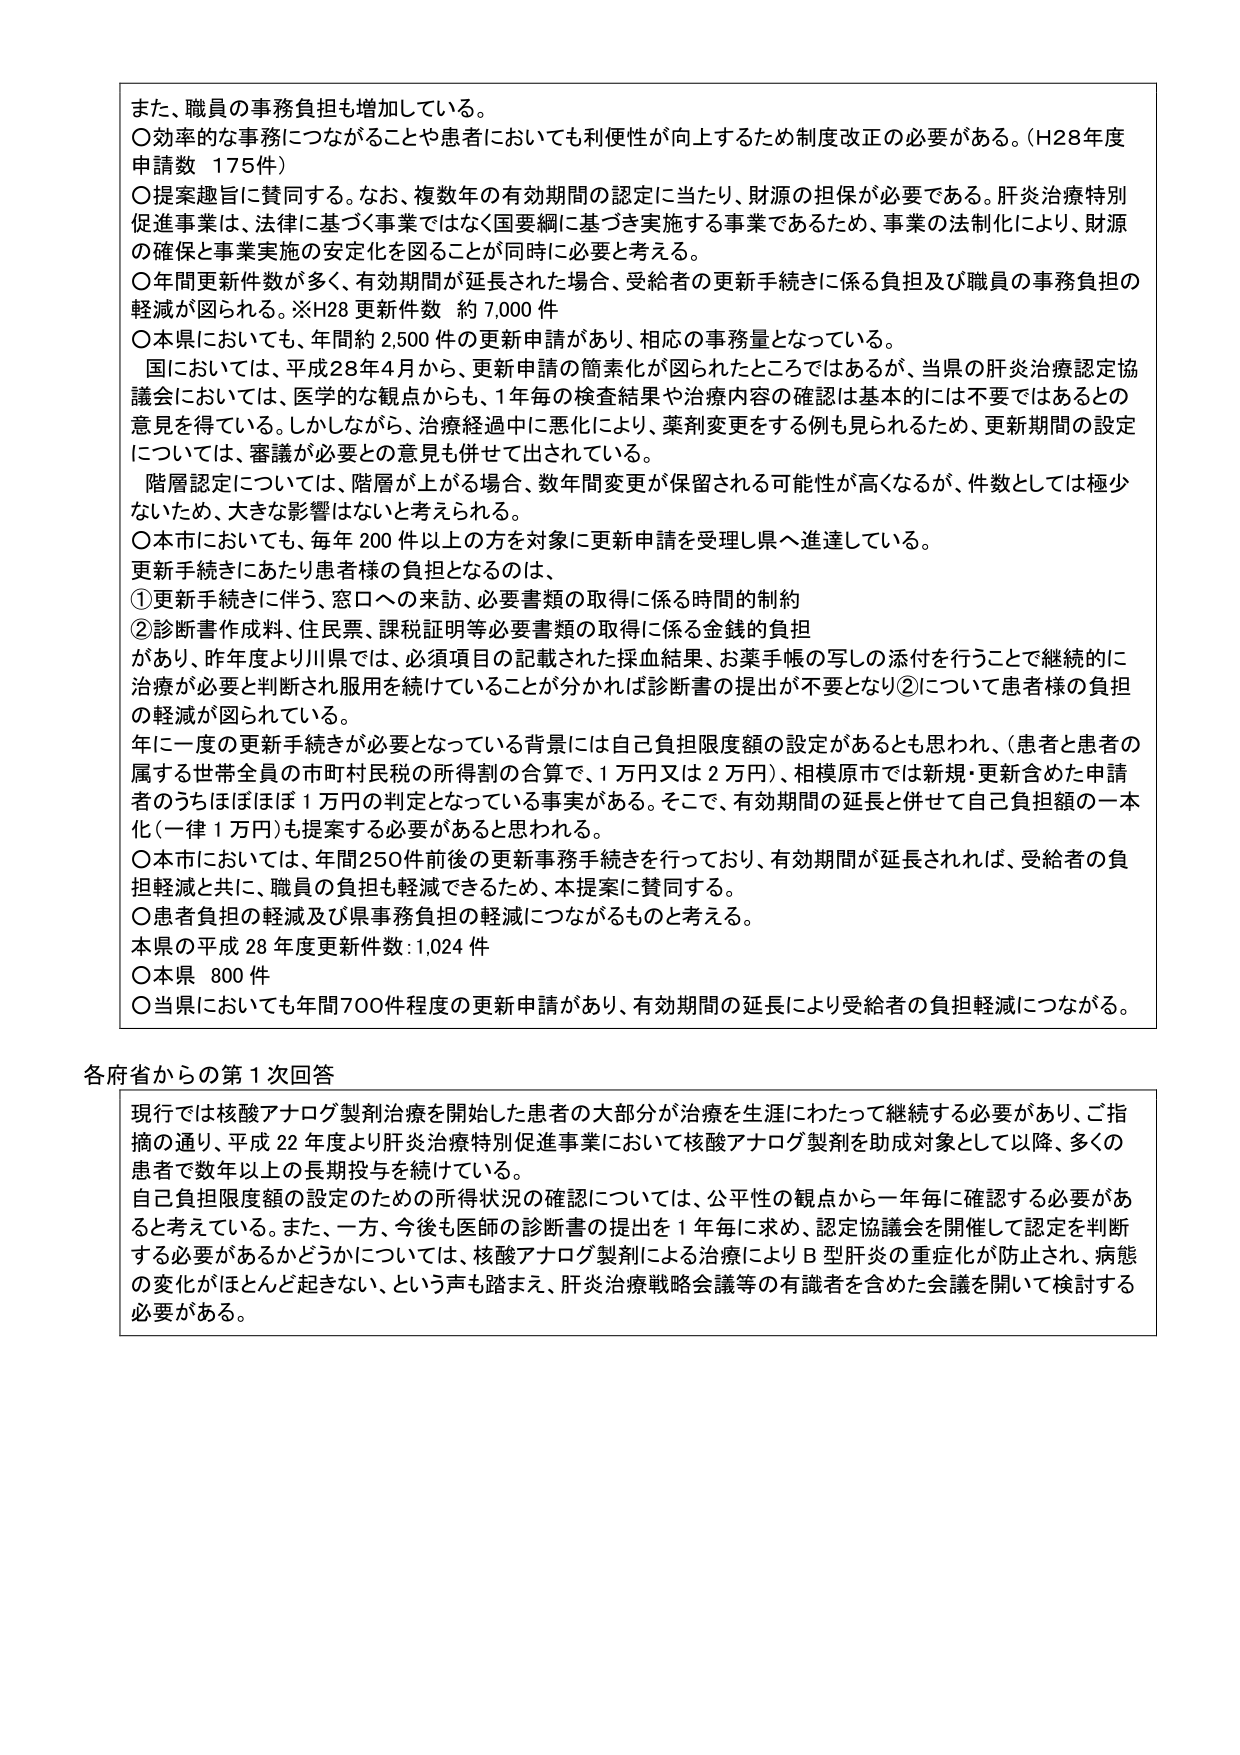
また、職員の事務負担も増加している。
〇効率的な事務につながることや患者においても利便性が向上するため制度改正の必要がある。（H28年度申請数 175件）
〇提案趣旨に賛同する。なお、複数年の有効期間の認定に当たり、財源の担保が必要である。肝炎治療特別促進事業は、法律に基づく事業ではなく国要綱に基づき実施する事業であるため、事業の法制化により、財源の確保と事業実施の安定化を図ることが同時に必要と考える。
〇年間更新件数が多く、有効期間が延長された場合、受給者の更新手続きに係る負担及び職員の事務負担の軽減が図られる。※H28 更新件数 約7,000件
〇本県においても、年間約2,500件の更新申請があり、相応の事務量となっている。
国においては、平成28年4月から、更新申請の簡素化が図られたところではあるが、当県の肝炎治療認定協議会においては、医学的な観点からも、1年毎の検査結果や治療内容の確認は基本的には不要ではあるとの意見を得ている。しかしながら、治療経過中に悪化により、薬剤変更をする例も見られるため、更新期間の設定については、審議が必要との意見も併せて出されている。
階層認定については、階層が上がる場合、数年間変更が保留される可能性が高くなるが、件数としては極少ないため、大きな影響はないと考えられる。
〇本市においても、毎年200件以上の方を対象に更新申請を受理し県へ進達している。
更新手続きにあたり患者様の負担となるのは、
①更新手続きに伴う、窓口への来訪、必要書類の取得に係る時間的制約
②診断書作成料、住民票、課税証明等必要書類の取得に係る金銭的負担
があり、昨年度より川県では、必須項目の記載された採血結果、お薬手帳の写しの添付を行うことで継続的に治療が必要と判断され服用を続けていることが分かれば診断書の提出が不要となり②について患者様の負担の軽減が図られている。
年に一度の更新手続きが必要となっている背景には自己負担限度額の設定があるとも思われ、（患者と患者の属する世帯全員の市町村民税の所得割の合算で、1万円又は2万円）、相模原市では新規・更新含めた申請者のうちほぼほぼ1万円の判定となっている事実がある。そこで、有効期間の延長と併せて自己負担額の一本化（一律1万円）も提案する必要があると思われる。
〇本市においては、年間250件前後の更新事務手続きを行っており、有効期間が延長されれば、受給者の負担軽減と共に、職員の負担も軽減できるため、本提案に賛同する。
〇患者負担の軽減及び県事務負担の軽減につながるものと考える。
本県の平成28年度更新件数：1,024件
〇本県 800件
〇当県においても年間700件程度の更新申請があり、有効期間の延長により受給者の負担軽減につながる。

各府省からの第1次回答
現行では核酸アナログ製剤治療を開始した患者の大部分が治療を生涯にわたって継続する必要があり、ご指摘の通り、平成22年度より肝炎治療特別促進事業において核酸アナログ製剤を助成対象として以降、多くの患者で数年以上の長期投与を続けている。
自己負担限度額の設定のための所得状況の確認については、公平性の観点から一年毎に確認する必要があると考えている。また、一方、今後も医師の診断書の提出を1年毎に求め、認定協議会を開催して認定を判断する必要があるかどうかについては、核酸アナログ製剤による治療によりB型肝炎の重症化が防止され、病態の変化がほとんど起きない、という声も踏まえ、肝炎治療戦略会議等の有識者を含めた会議を開いて検討する必要がある。